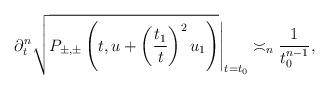
LaTeX: \begin{align*} \partial_{t}^n \sqrt{P_{\pm,\pm}\left(t, u+ \left(\frac{t_1}{t} \right)^2u_1 \right)}\Bigg|_{t=t_0} \asymp_n \frac{1}{t_0^{n-1}},\end{align*}